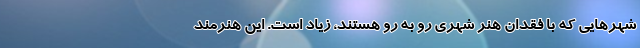
شهرهایی که با فقدان هنر شهری رو به رو هستند، زیاد است. این هنرمند